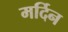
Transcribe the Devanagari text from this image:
मर्दिन